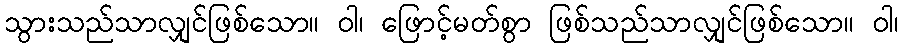
သွားသည်သာလျှင်ဖြစ်သော။ ဝါ၊ ဖြောင့်မတ်စွာ ဖြစ်သည်သာလျှင်ဖြစ်သော။ ဝါ၊